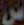
س